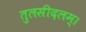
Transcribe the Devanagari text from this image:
तुलसीदलम्।